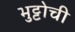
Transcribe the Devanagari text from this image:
भुट्टोची